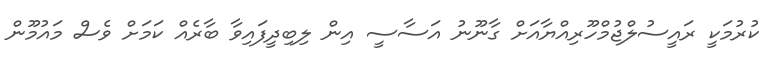
ކުރުމަކީ ރައީސުލްޖުމްހޫރިއްޔާއަށް ގާނޫނު އަސާސީ އިން ލިބިދީފައިވާ ބާރެއް ކަމަށް ވެސް މައުމޫން